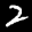
Label: 2